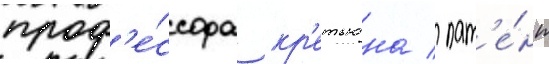
проф'е́ссора кр'етьена / пат'е́нт